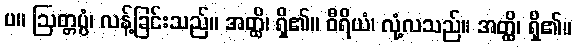
ပ။ ဩတ္တပ္ပံ၊ လန့်ခြင်းသည်။ အတ္ထိ၊ ရှိ၏။ ဝီရိယံ၊ လုံ့လသည်။ အတ္ထိ၊ ရှိ၏။